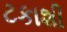
ટકાશી